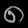
Digit: ၈